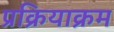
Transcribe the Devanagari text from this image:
प्रक्रियाक्रम